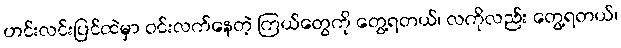
ဟင်းလင်းပြင်ထဲမှာ ဝင်းလက်နေတဲ့ ကြယ်တွေကို တွေ့ရတယ်၊ လကိုလည်း တွေ့ရတယ်၊